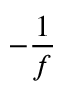
- { \frac { 1 } { f } }